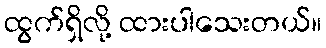
ထွက်ရှိလို့ ထားပါသေးတယ်။